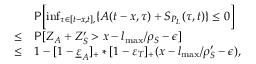
\begin{array} { r l } & { \mathsf { P } \biggl [ \operatorname* { i n f } _ { \tau \in [ t - x , t ] , } \{ A ( t - x , \tau ) + S _ { P _ { L } } ( \tau , t ) \} \le 0 \biggr ] } \\ { \le } & { \mathsf { P } [ Z _ { A } + Z _ { S } ^ { \prime } > x - l _ { \operatorname* { m a x } } / \rho _ { S } - \epsilon ] } \\ { \le } & { 1 - [ 1 - \underline { { \varepsilon } } _ { A } ] _ { + } \ast [ 1 - \varepsilon _ { T } ] _ { + } ( x - l _ { \operatorname* { m a x } } / \rho _ { S } ^ { \prime } - \epsilon ) , } \end{array}